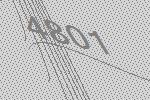
4801